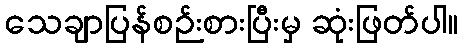
သေချာပြန်စဉ်းစားပြီးမှ ဆုံးဖြတ်ပါ။